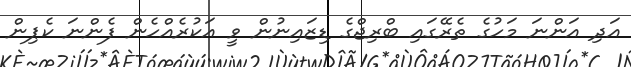
އަދި އަންނަ މަހުގެ ތެރޭގައި ބްރިޖްގެ ޑިޒައިނުން ވީ އަކުރެއްހެން ފެންނަ ކެޕިން